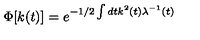
\Phi [ k ( t ) ] = e ^ { - 1 / 2 \int d t k ^ { 2 } ( t ) \lambda ^ { - 1 } ( t ) }